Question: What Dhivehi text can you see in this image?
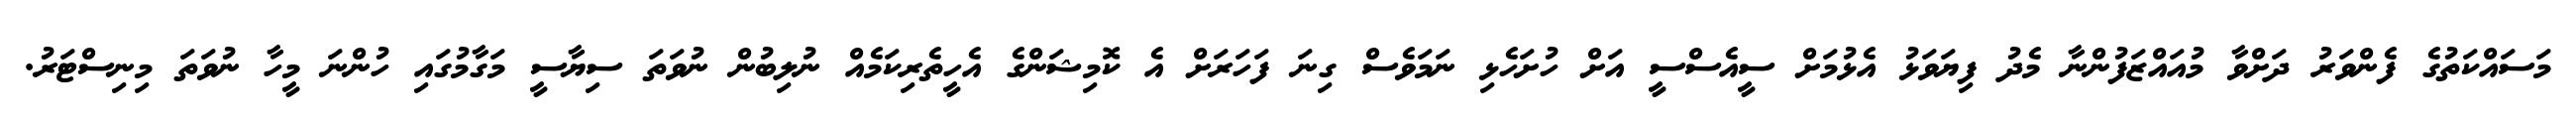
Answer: މަސައްކަތުގެ ފެންވަރު ދަށްވާ މުއައްޒަފުންނާ މެދު ފިޔަވަޅު އެޅުމަށް ސީއެސްސީ އަށް ހުށަހެޅި ނަމަވެސް ގިނަ ފަހަރަށް އެ ކޮމިޝަންގެ އެހީތެރިކަމެއް ނުލިބުން ނުވަތަ ސިޔާސީ މަގާމުގައި ހުންނަ މީހާ ނުވަތަ މިނިސްޓަރު.